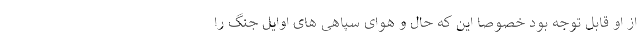
از او قابل توجه بود خصوصا این که حال و هوای سپاهی های اوایل جنگ را